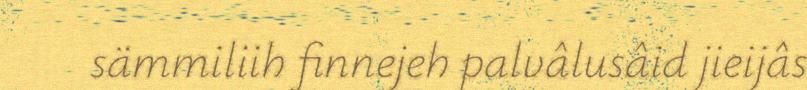
sämmiliih finnejeh palvâlusâid jieijâs